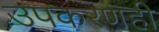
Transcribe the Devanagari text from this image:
उपकरणही